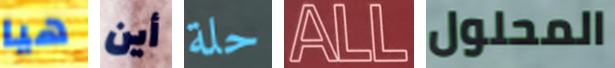
هيا أين حلة ALL المحلول